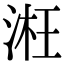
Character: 㳹